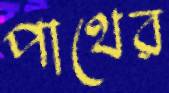
পাথের